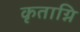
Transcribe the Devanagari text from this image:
कृताग्नि